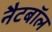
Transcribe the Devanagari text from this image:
नैटबॉल